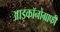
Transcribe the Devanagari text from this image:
आइकॉनोग्राफी